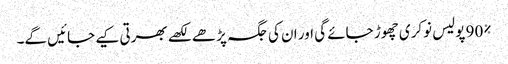
90% پولیس نوکری چھوڑ جائے گی اور ان کی جگہ پڑھے لکھے بھرتی کیے جائیں گے۔